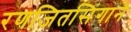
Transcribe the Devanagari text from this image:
रणजितसिंगाने